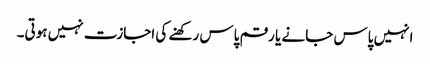
انہیں پاس جانے یا رقم پاس رکھنے کی اجازت نہیں ہوتی۔